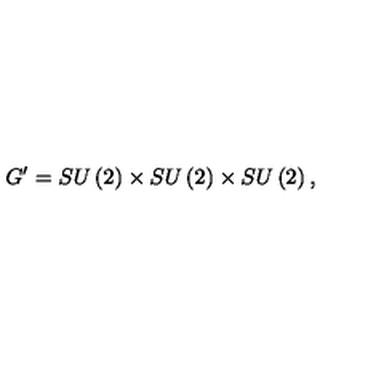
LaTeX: G ^ { \prime } = S U \left( 2 \right) \times S U \left( 2 \right) \times S U \left( 2 \right) ,